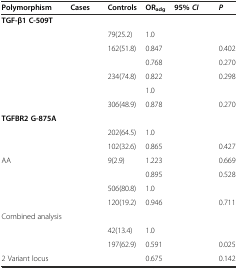
<table><thead><tr><td><b>Polymorphism</b></td><td><b>Cases</b></td><td><b>Controls</b></td><td><b>OR<sub>adg</sub></b></td><td><b>95% <i>CI</i></b></td><td><b><i>P</i></b></td></tr></thead><tbody><tr><td><b>TGF-β1 C-509T</b></td><td>[EMPTY_CELL]</td><td>[EMPTY_CELL]</td><td>[EMPTY_CELL]</td><td>[EMPTY_CELL]</td><td>[EMPTY_CELL]</td></tr><tr><td>[EMPTY_CELL]</td><td>[EMPTY_CELL]</td><td>79(25.2)</td><td>1.0</td><td>[EMPTY_CELL]</td><td>[EMPTY_CELL]</td></tr><tr><td>[EMPTY_CELL]</td><td>[EMPTY_CELL]</td><td>162(51.8)</td><td>0.847</td><td>[EMPTY_CELL]</td><td>0.402</td></tr><tr><td>[EMPTY_CELL]</td><td>[EMPTY_CELL]</td><td>[EMPTY_CELL]</td><td>0.768</td><td>[EMPTY_CELL]</td><td>0.270</td></tr><tr><td>[EMPTY_CELL]</td><td>[EMPTY_CELL]</td><td>234(74.8)</td><td>0.822</td><td>[EMPTY_CELL]</td><td>0.298</td></tr><tr><td>[EMPTY_CELL]</td><td>[EMPTY_CELL]</td><td>[EMPTY_CELL]</td><td>1.0</td><td>[EMPTY_CELL]</td><td>[EMPTY_CELL]</td></tr><tr><td>[EMPTY_CELL]</td><td>[EMPTY_CELL]</td><td>306(48.9)</td><td>0.878</td><td>[EMPTY_CELL]</td><td>0.270</td></tr><tr><td><b>TGFBR2 G-875A</b></td><td>[EMPTY_CELL]</td><td>[EMPTY_CELL]</td><td>[EMPTY_CELL]</td><td>[EMPTY_CELL]</td><td>[EMPTY_CELL]</td></tr><tr><td>[EMPTY_CELL]</td><td>[EMPTY_CELL]</td><td>202(64.5)</td><td>1.0</td><td>[EMPTY_CELL]</td><td>[EMPTY_CELL]</td></tr><tr><td>[EMPTY_CELL]</td><td>[EMPTY_CELL]</td><td>102(32.6)</td><td>0.865</td><td>[EMPTY_CELL]</td><td>0.427</td></tr><tr><td>AA</td><td>[EMPTY_CELL]</td><td>9(2.9)</td><td>1.223</td><td>[EMPTY_CELL]</td><td>0.669</td></tr><tr><td>[EMPTY_CELL]</td><td>[EMPTY_CELL]</td><td>[EMPTY_CELL]</td><td>0.895</td><td>[EMPTY_CELL]</td><td>0.528</td></tr><tr><td>[EMPTY_CELL]</td><td>[EMPTY_CELL]</td><td>506(80.8)</td><td>1.0</td><td>[EMPTY_CELL]</td><td>[EMPTY_CELL]</td></tr><tr><td>[EMPTY_CELL]</td><td>[EMPTY_CELL]</td><td>120(19.2)</td><td>0.946</td><td>[EMPTY_CELL]</td><td>0.711</td></tr><tr><td>Combined analysis</td><td>[EMPTY_CELL]</td><td>[EMPTY_CELL]</td><td>[EMPTY_CELL]</td><td>[EMPTY_CELL]</td><td>[EMPTY_CELL]</td></tr><tr><td>[EMPTY_CELL]</td><td>[EMPTY_CELL]</td><td>42(13.4)</td><td>1.0</td><td>[EMPTY_CELL]</td><td>[EMPTY_CELL]</td></tr><tr><td>[EMPTY_CELL]</td><td>[EMPTY_CELL]</td><td>197(62.9)</td><td>0.591</td><td>[EMPTY_CELL]</td><td>0.025</td></tr><tr><td>2 Variant locus</td><td>[EMPTY_CELL]</td><td>[EMPTY_CELL]</td><td>0.675</td><td>[EMPTY_CELL]</td><td>0.142</td></tr></tbody></table>